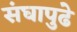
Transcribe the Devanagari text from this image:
संघापुढे